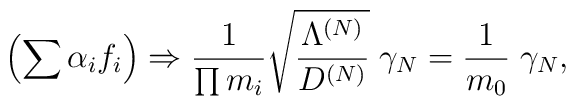
\left( \sum \alpha_i f_i \right) \Rightarrow\frac{1}{\prod m_i} \sqrt{\frac{\Lambda^{(N)}}{D^{(N)}}} \; \gamma_N= \frac{1}{m_0} \; \gamma_N ,